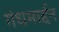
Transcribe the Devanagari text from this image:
गंधमार्द्दन